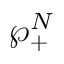
\wp _ { + } ^ { N }